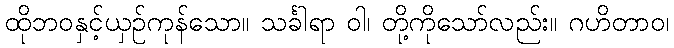
ထိုဘဝနှင့်ယှဉ်ကုန်သော။ သင်္ခါရာ ဝါ၊ တို့ကိုသော်လည်း။ ဂဟိတာဝ၊